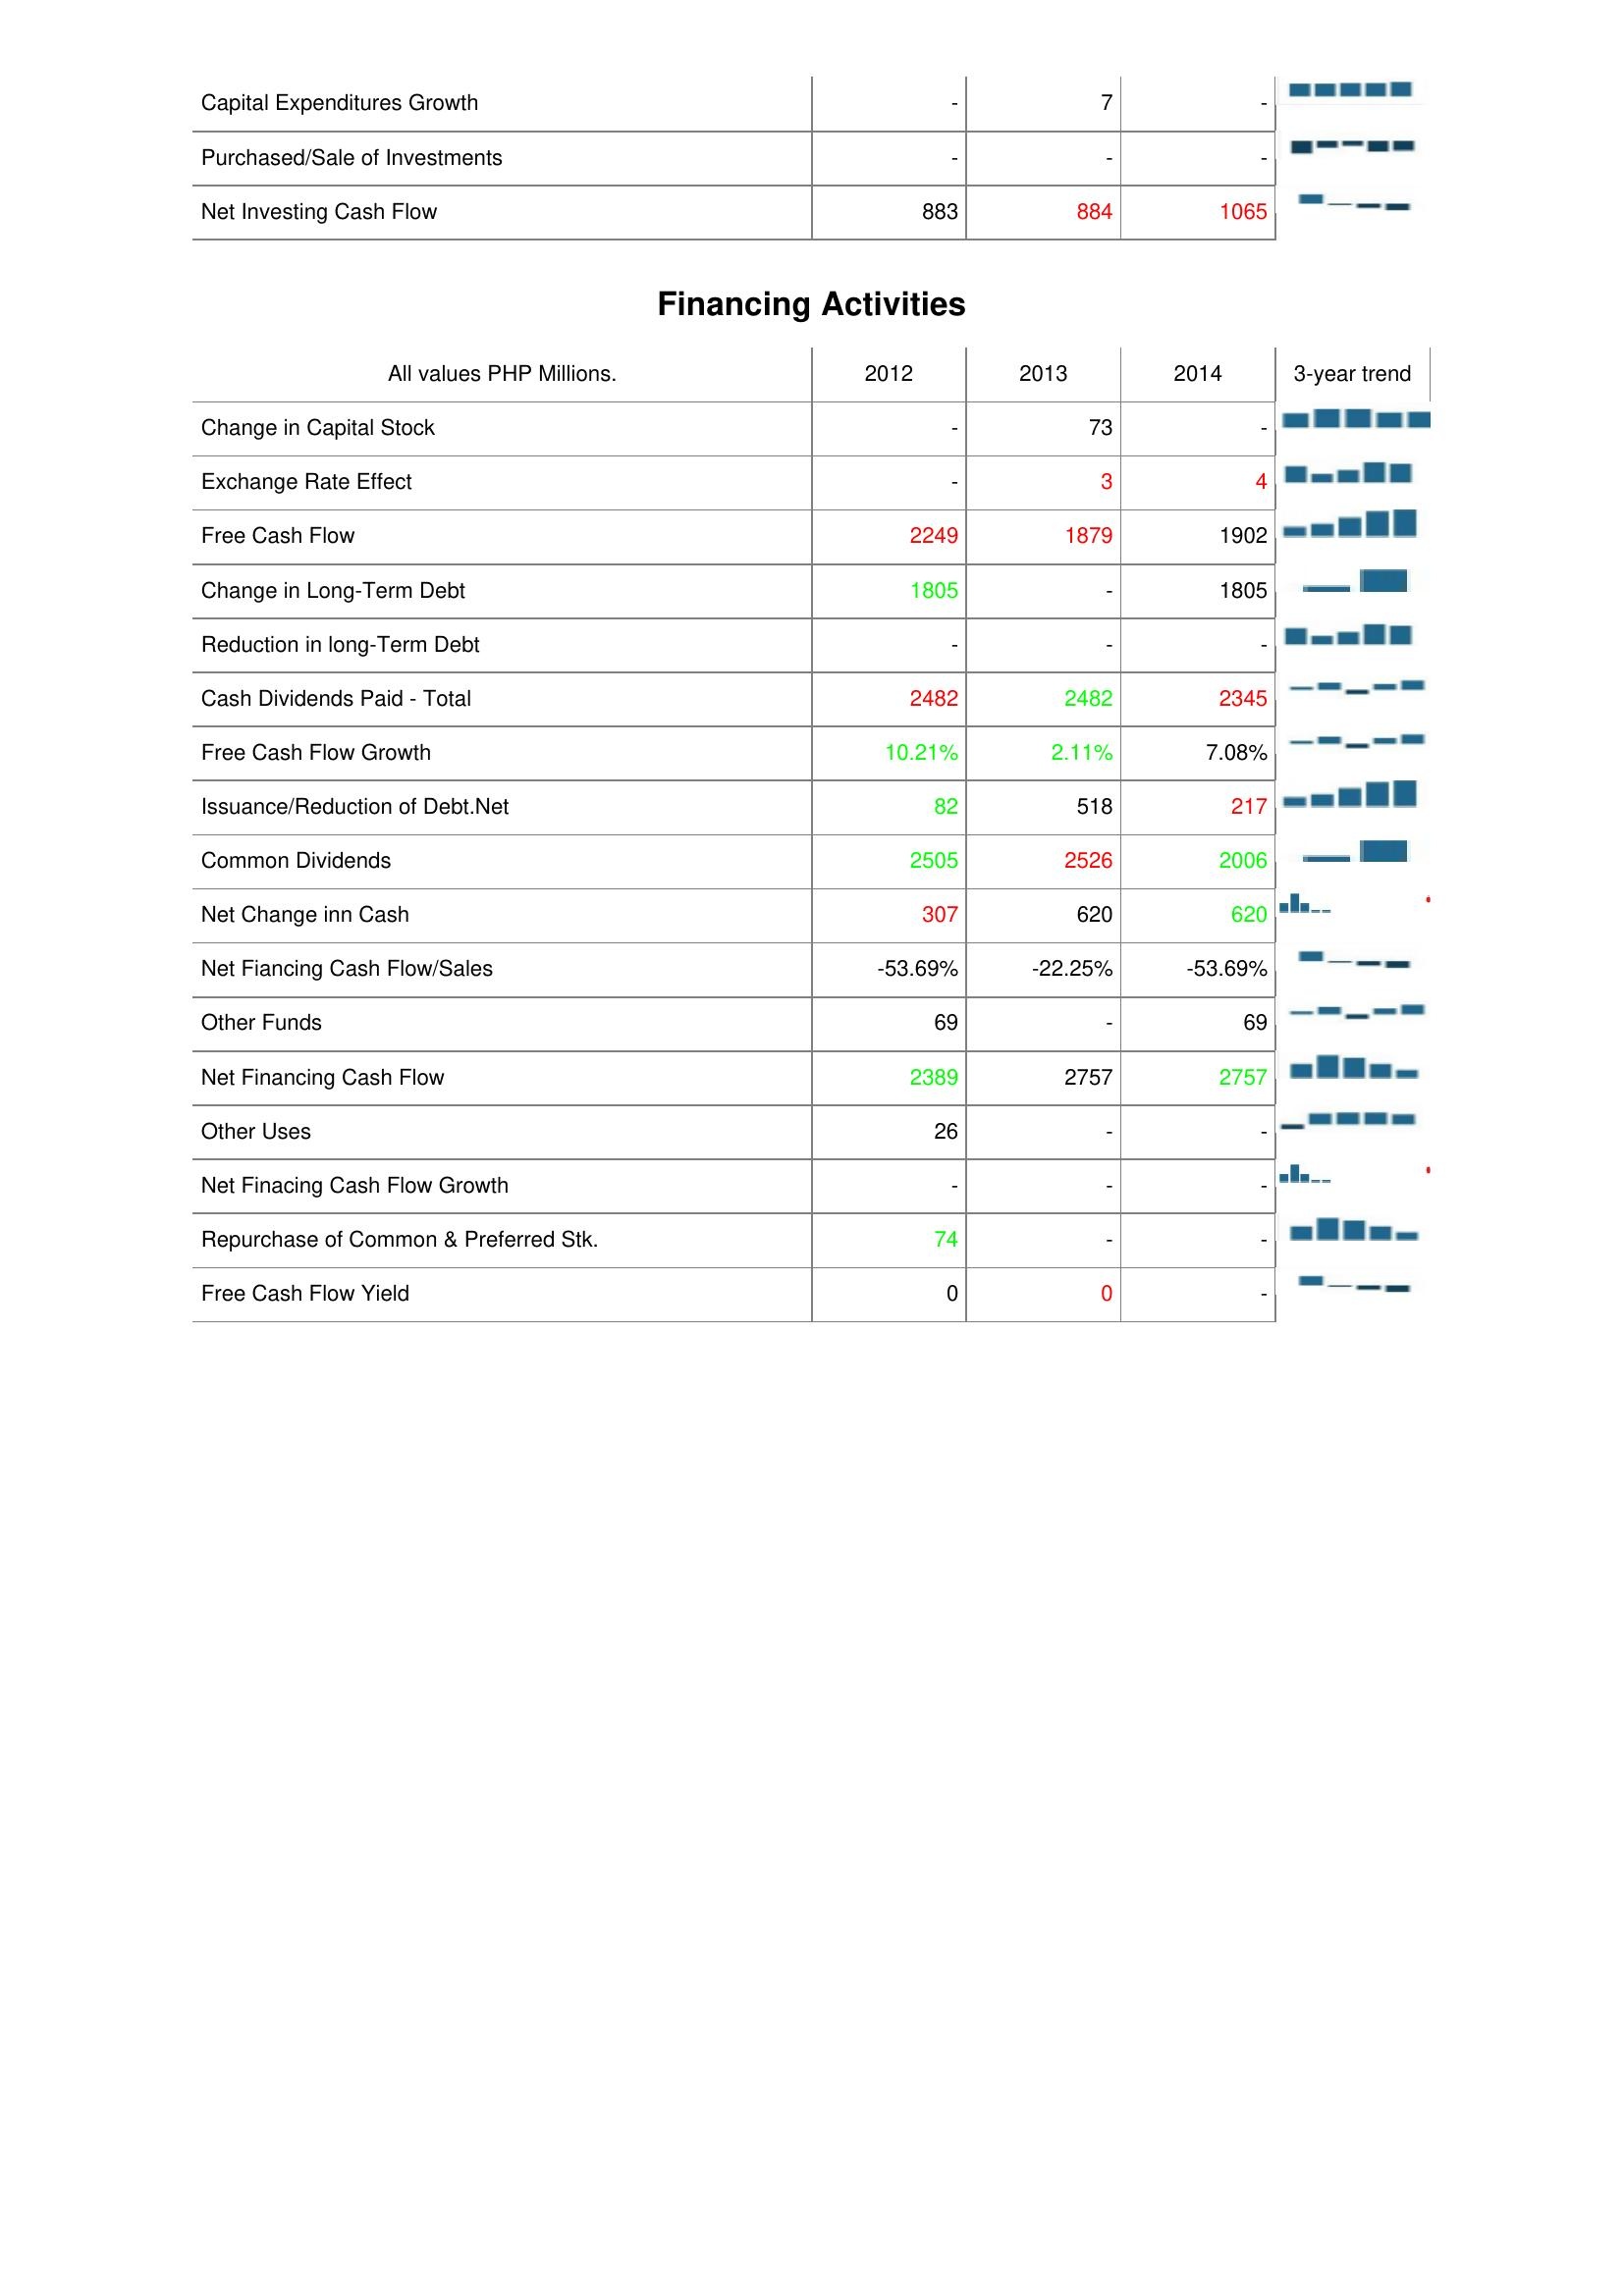
2012: Investing Activities: Capital Expenditures Growth: -
Purchased/Sale of Investments: -
Net Investing Cash Flow: 883
Financing Activities: Change in Capital Stock: -
Exchange Rate Effect: -
Free Cash Flow: 2249
Change in Long-Term Debt: 1805
Reduction in long-Term Debt: -
Cash Dividends Paid - Total: 2482
Free Cash Flow Growth: 10.21%
Issuance/Reduction of Debt.Net: 82
Common Dividends: 2505
Net Change inn Cash: 307
Net Fiancing Cash Flow/Sales: -53.69%
Other Funds: 69
Net Financing Cash Flow: 2389
Other Uses: 26
Net Finacing Cash Flow Growth: -
Repurchase of Common & Preferred Stk.: 74
Free Cash Flow Yield: 0
2013: Investing Activities: Capital Expenditures Growth: 7
Purchased/Sale of Investments: -
Net Investing Cash Flow: 884
Financing Activities: Change in Capital Stock: 73
Exchange Rate Effect: 3
Free Cash Flow: 1879
Change in Long-Term Debt: -
Reduction in long-Term Debt: -
Cash Dividends Paid - Total: 2482
Free Cash Flow Growth: 2.11%
Issuance/Reduction of Debt.Net: 518
Common Dividends: 2526
Net Change inn Cash: 620
Net Fiancing Cash Flow/Sales: -22.25%
Other Funds: -
Net Financing Cash Flow: 2757
Other Uses: -
Net Finacing Cash Flow Growth: -
Repurchase of Common & Preferred Stk.: -
Free Cash Flow Yield: 0
2014: Investing Activities: Capital Expenditures Growth: -
Purchased/Sale of Investments: -
Net Investing Cash Flow: 1065
Financing Activities: Change in Capital Stock: -
Exchange Rate Effect: 4
Free Cash Flow: 1902
Change in Long-Term Debt: 1805
Reduction in long-Term Debt: -
Cash Dividends Paid - Total: 2345
Free Cash Flow Growth: 7.08%
Issuance/Reduction of Debt.Net: 217
Common Dividends: 2006
Net Change inn Cash: 620
Net Fiancing Cash Flow/Sales: -53.69%
Other Funds: 69
Net Financing Cash Flow: 2757
Other Uses: -
Net Finacing Cash Flow Growth: -
Repurchase of Common & Preferred Stk.: -
Free Cash Flow Yield: -